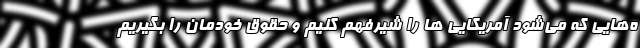
ه‌هایی که می‌شود آمریکایی ها را شیرفهم کنیم و حقوق خودمان را بگیریم